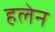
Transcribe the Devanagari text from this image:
हलेन